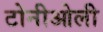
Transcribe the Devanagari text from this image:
टोनीओली